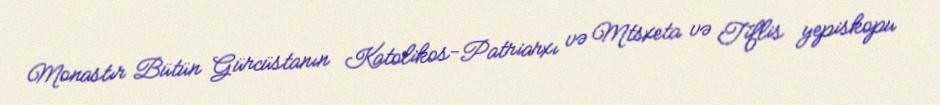
Monastır Bütün Gürcüstanın Katolikos-Patriarxı və Mtsxeta və Tiflis yepiskopu